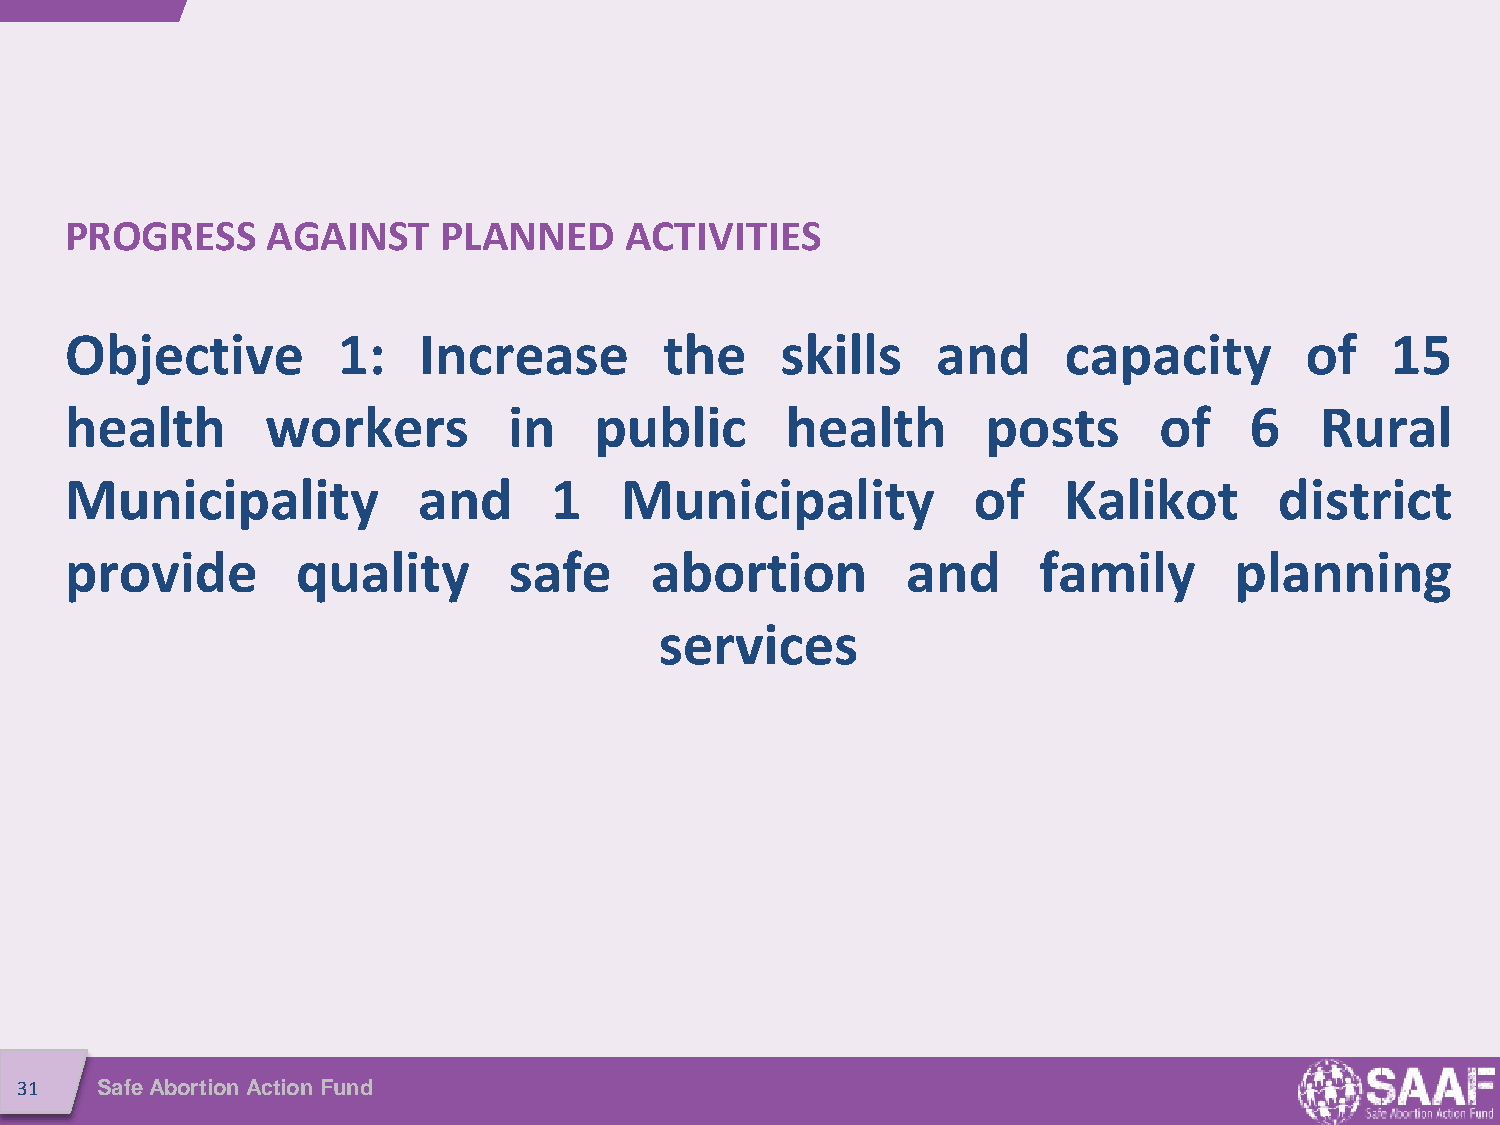
PROGRESS      AGAINST    PLANNED     ACTIVITIES
 Objective         1:    Increase        the     skills    and     capacity        of    15
 health        workers         in   public       health       posts       of    6   Rural
 Municipality            and     1    Municipality           of    Kalikot        district
 provide         quality       safe     abortion         and      family       planning
 services
 31   Safe Abortion Action Fund